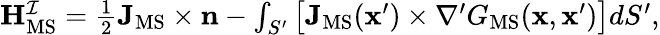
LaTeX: \begin{array}{r}{\mathbf{H}_{\mathrm{MS}}^{\mathcal{I}}=\frac{1}{2}\mathbf{J}_{\mathrm{MS}}\times\mathbf{n}-\int_{S^{\prime}}\big[\mathbf{J}_{\mathrm{MS}}(\mathbf{x}^{\prime})\times\nabla^{\prime}G_{\mathrm{MS}}(\mathbf{x},\mathbf{x}^{\prime})\big]dS^{\prime},}\end{array}